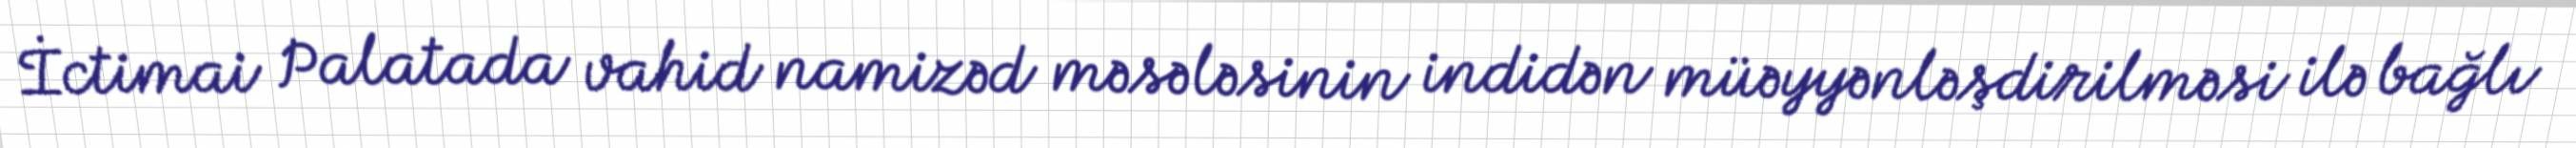
İctimai Palatada vahid namizəd məsələsinin indidən müəyyənləşdirilməsi ilə bağlı